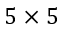
5 \times 5